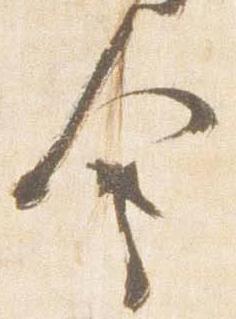
会